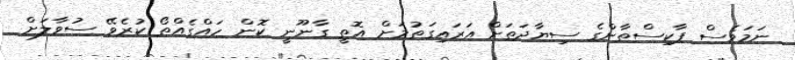
ނަމަވެސް ޕާކިސްތާންގެ ސިޔާދަތަށް އަރައިގަތުމަށް އޮތީ ގާނޫނީ ކޮން ހައްގެއްތޯ ކުރެވޭ ސުވާލަށް